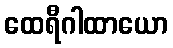
ထေရီဂါထာယော